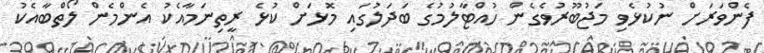
ފެންވަރަށް ނުކުޅެވި މަޖުބޫރުވެގެން ހުއްޓާލުމުގެ ބަދަލުގައި މޮޅަށް ކުޅެ ރީތިނަމާއެކު އެންމެން ލޯތްބާއެކު